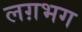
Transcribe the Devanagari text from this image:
लग़भग